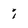
Character: i